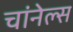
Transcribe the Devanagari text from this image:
चांनेल्स